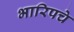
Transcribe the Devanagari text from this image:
भारिपचे